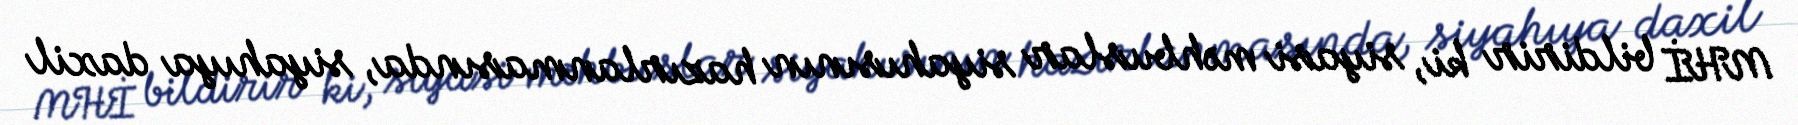
MHİ bildirir ki, siyasi məhbuslar siyahısının hazırlanmasında, siyahıya daxil